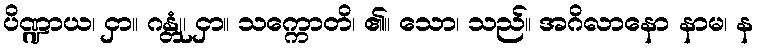
ပိဏ္ဍာယ၊ ငှာ။ ဂန္တုံ၊ ငှာ။ သက္ကောတိ၊ ၏။ သော၊ သည်။ အဂိလာနော နာမ၊ န